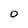
Character: 0